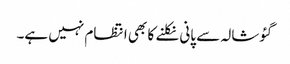
گئوشالہ سے پانی نکلنے کا بھی انتظام نہیں ہے۔